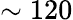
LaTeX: \sim 120